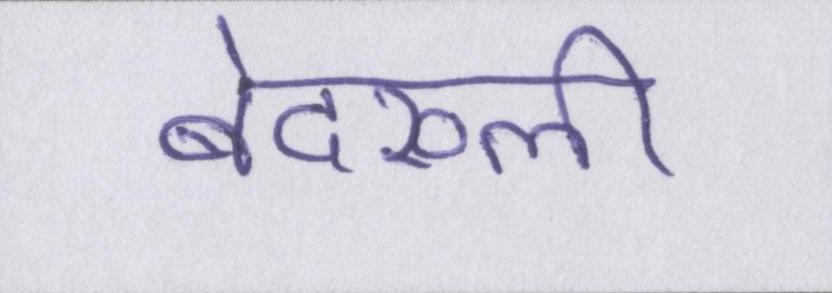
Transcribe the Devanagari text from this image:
बेदख्ली